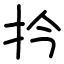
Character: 扲